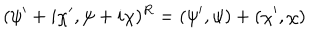
LaTeX: ( \psi ^ { \prime } + i \chi ^ { \prime } , \psi + i \chi ) ^ { R } = ( \psi ^ { \prime } , \psi ) + ( \chi ^ { \prime } , \chi )